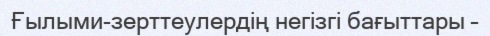
Ғылыми-зерттеулердің негізгі бағыттары –